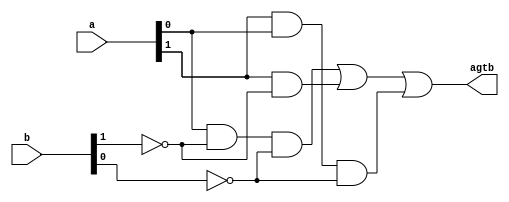
// Listing 1.4
module gt_2
   (
    input  wire[1:0] a, b,
    output wire agtb
   );

   // internal signal declaration
   wire p0, p1, p2;

   // body
   
	assign p0 = a[0] & ~b[1] & ~b[0]; // a is greater than b if the LSB anded with the negated bits of b equal 1
	assign p1 = a[1] & ~b[1];         // a is greater than b if the MSB of a anded with the negated MSB of b equals 1
	assign p2 = a[1] & a[0] & ~b[0];  // a is greater than b if the two bits of a anded with the negated LSB of b equals 1
	
   // a is greater than b if any of the above wries equal 1
   assign agtb = p0 | p1 | p2;          
   
endmodule